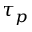
\tau _ { p }